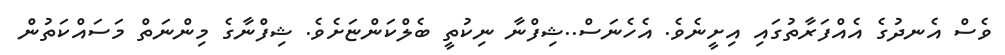
ވެސް އެނދުގެ އެއްފަރާތުގައި އިށީނެވެ. އެހެނަސްް..ޝިފްނާ ނިކުތީ ބެލްކަންޏަށެެވެ. ޝިފްނާގެ މިންނަތް މަސައްކަތުން